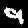
Label: 9